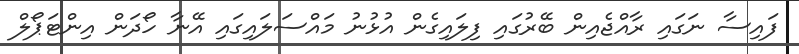
ފައިސާ ނަގައި ރާއްޖެއިން ބޭރުގައި ފިލައިގެން އުޅުނު މައްސަލައިގައި އޭނާ ހޯދަން އިންޓަޕޯލް